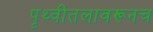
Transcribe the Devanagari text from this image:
पृथ्वीतलावरूनच